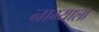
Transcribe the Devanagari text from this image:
नाग्याला